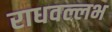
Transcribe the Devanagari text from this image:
राधवल्लभ